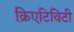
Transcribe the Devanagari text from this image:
क्रिएटिविटी